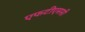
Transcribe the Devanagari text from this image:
एफटीएससी